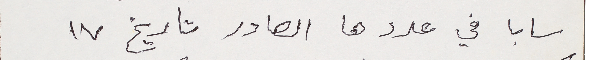
سابا في عددها الصادر تاريخ ١٧